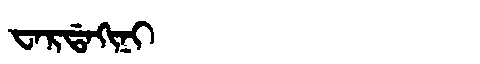
Manchu: ᠸᠠᡵᡩᠠᡴᡳᠨᡳ
Romanization: WARDAKINI